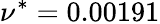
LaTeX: \nu^{*}=0.00191